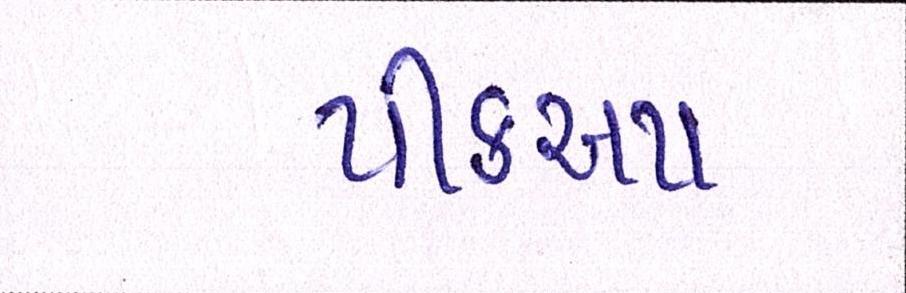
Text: પીકઅપ